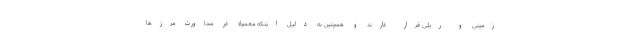
زمینی و ریلی قرار دارند و همچنین به دلیل اینکه معمولا در مجاورت مرزها